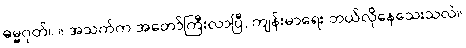
ဓမ္မဂုတ်။ ။ အသက်က အတော်ကြီးလာပြီ, ကျန်းမာရေး ဘယ်လိုနေသေးသလဲ။